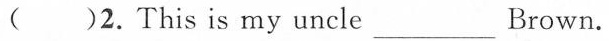
()2.This is my uncle___ Brown.